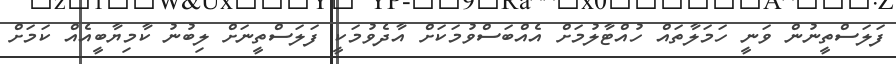
ފަލަސްތީނުން ވަނީ ހަމަލާތައް ހުއްޓާލުމަށް އެއްބަސްވުމަކަށް އާދެވުމަކީ ފަލަސްތީނަށް ލިބުނު ކާމިޔާބީއެއް ކަމަށް